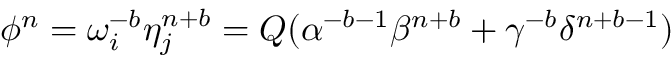
\phi ^ { n } = \omega _ { i } ^ { - b } \eta _ { j } ^ { n + b } = Q ( \alpha ^ { - b - 1 } \beta ^ { n + b } + \gamma ^ { - b } \delta ^ { n + b - 1 } )